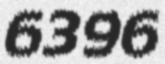
6396